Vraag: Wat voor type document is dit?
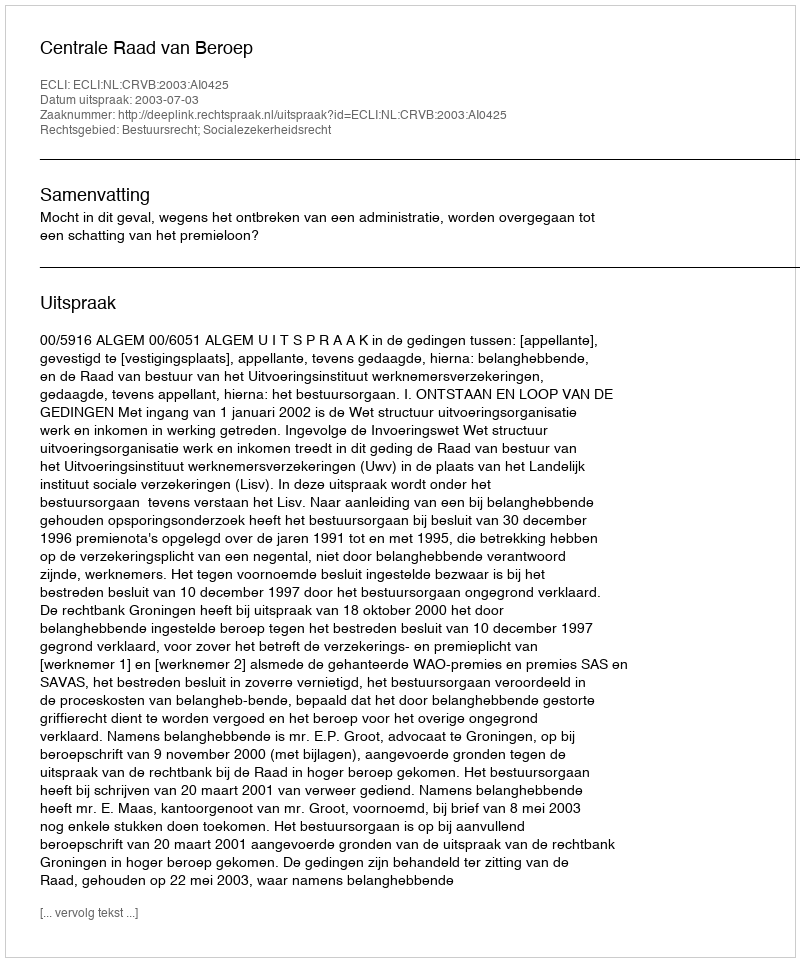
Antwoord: Uitspraak